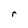
Character: r